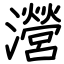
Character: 瀯